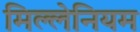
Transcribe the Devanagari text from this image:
मिल्लेनियम